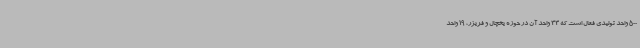
500 واحد تولیدی فعال است که 33 واحد آن در حوزه یخچال و فریزر، 19 واحد